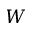
W